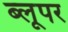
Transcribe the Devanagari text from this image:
ब्लूपर